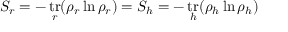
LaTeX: S _ { r } = - \mathop { \mathrm { t r } } _ { r } ( \rho _ { r } \ln \rho _ { r } ) = S _ { h } = - \mathop { \mathrm { t r } } _ { h } ( \rho _ { h } \ln \rho _ { h } )